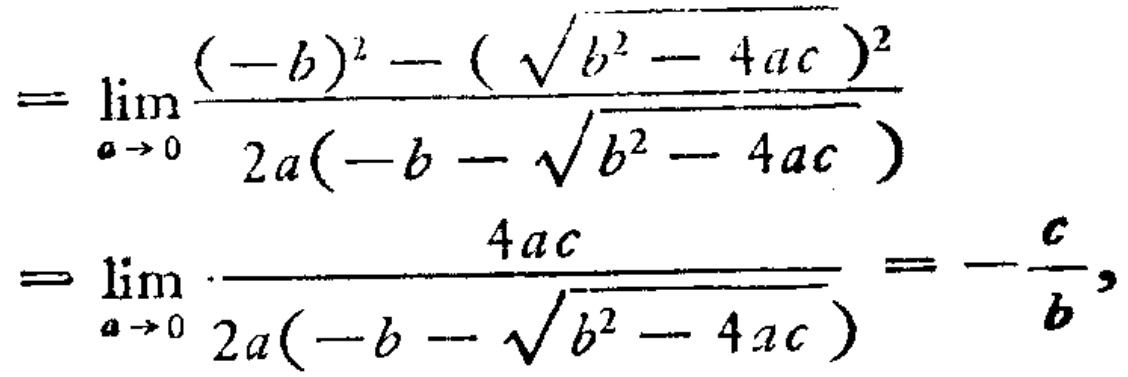
\[
\begin{align*}
&=\lim_{a \to 0} \frac{(-b)^{2}-(\sqrt{b^{2}-4ac})^{2}}{2a(-b - \sqrt{b^{2}-4ac})}\\
&=\lim_{a \to 0} \frac{4ac}{2a(-b - \sqrt{b^{2}-4ac})}=-\frac{c}{b},
\end{align*}
\]